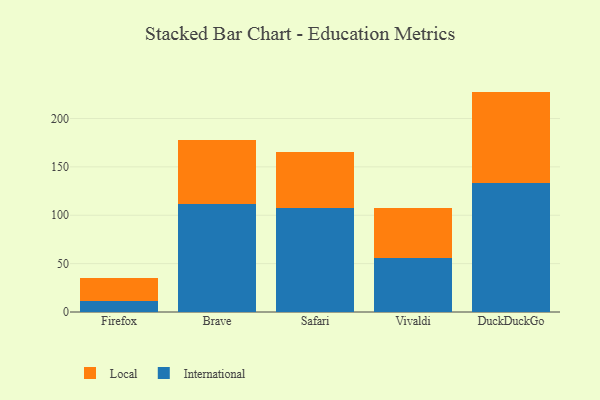
{"axis": {"x": "Browser", "y": "Active Users"}, "legend": ["International", "Local"], "data": [{"x": "Firefox", "y": 11.5, "type": "International"}, {"x": "Firefox", "y": 24.0, "type": "Local"}, {"x": "Brave", "y": 111.8, "type": "International"}, {"x": "Brave", "y": 65.9, "type": "Local"}, {"x": "Safari", "y": 108.0, "type": "International"}, {"x": "Safari", "y": 57.3, "type": "Local"}, {"x": "Vivaldi", "y": 55.9, "type": "International"}, {"x": "Vivaldi", "y": 51.4, "type": "Local"}, {"x": "DuckDuckGo", "y": 133.6, "type": "International"}, {"x": "DuckDuckGo", "y": 94.2, "type": "Local"}]}